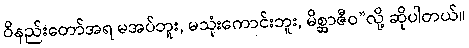
ဝိနည်းတော်အရ မအပ်ဘူး, မသုံးကောင်းဘူး, မိစ္ဆာဇီဝ”လို့ ဆိုပါတယ်။